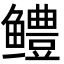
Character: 鳢